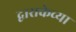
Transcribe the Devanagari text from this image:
द्वाराकेच्या